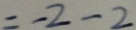
= - 2 - 2